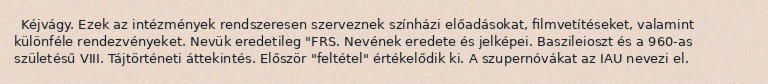
Kéjvágy. Ezek az intézmények rendszeresen szerveznek színházi előadásokat, filmvetítéseket, valamint különféle rendezvényeket. Nevük eredetileg "FRS. Nevének eredete és jelképei. Baszileioszt és a 960-as születésű VIII. Tájtörténeti áttekintés. Először "feltétel" értékelődik ki. A szupernóvákat az IAU nevezi el.